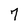
Character: 7